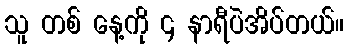
သူ တစ် နေ့ကို ၄ နာရီပဲအိပ်တယ်။